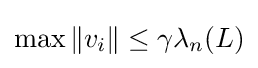
\max \|v_{i}\|\leq \gamma \lambda _{n}(L)